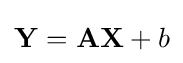
\mathbf {Y} =\mathbf {A} \mathbf {X} +b